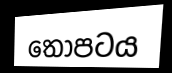
තොපටය